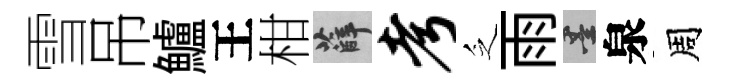
雪吊鱸王柑薛考乏雨墨泉周